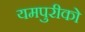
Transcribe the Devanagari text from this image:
यमपुरीको